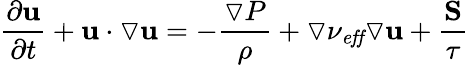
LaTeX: \frac{\partial\mathbf{u}}{\partial t}+\mathbf{u}\cdot\triangledown\mathbf{u}=-\frac{\triangledown P}{\rho}+\triangledown\nu_{\mathit{eff}}\triangledown\mathbf{u}+\frac{\mathbf{S}}{\tau}